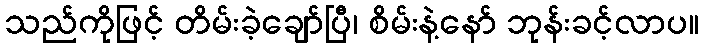
သည်ကိုဖြင့် တိမ်းခဲ့ချော်ပြီ၊ စိမ်းနဲ့နော် ဘုန်းခင့်လာပ။